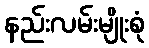
နည်းလမ်းမျိုးစုံ